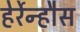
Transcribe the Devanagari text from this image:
हेर्रेन्हौस